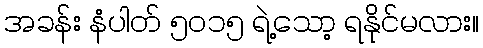
အခန်း နံပါတ် ၅၀၁၅ ရဲ့သော့ ရနိုင်မလား။